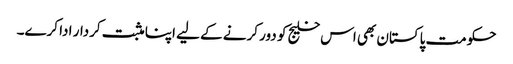
حکومت پاکستان بھی اس خلیج کو دور کرنے کے لیے اپنا مثبت کردار ادا کرے۔